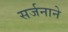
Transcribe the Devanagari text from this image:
सर्जनाने